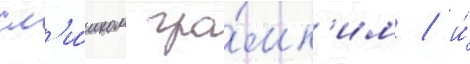
сл'и́шком гро́мк'им / и́